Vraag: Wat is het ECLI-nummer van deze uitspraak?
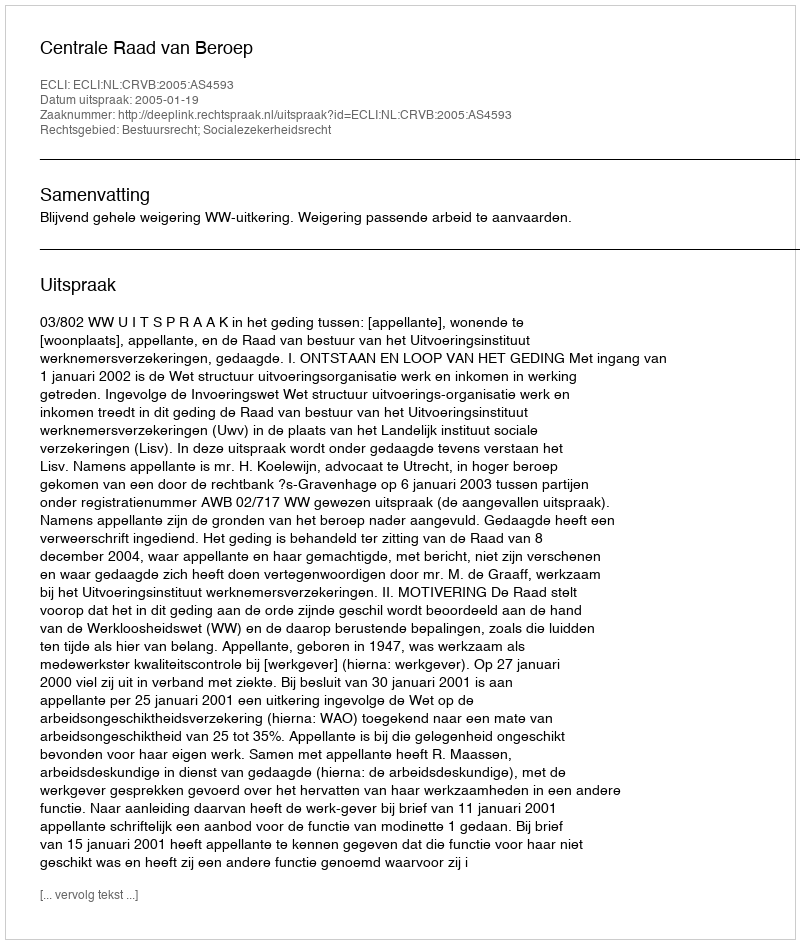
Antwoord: ECLI:NL:CRVB:2005:AS4593